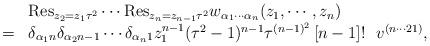
LaTeX: \begin{align*}\begin{array}{cl}&{\rm Res}_{z_{2}=z_{1}\tau^2}\cdots {\rm Res}_{z_{n}=z_{n-1}\tau^2}w_{\alpha_1 \cdots \alpha_n}(z_1,\cdots,z_{n}) \\=&\delta_{\alpha_1 n} \delta_{\alpha_2 n-1} \cdots \delta_{\alpha_n 1}z_1^{n-1} (\tau^2 -1)^{n-1} \tau^{(n-1)^2}\left[ n-1 \right] ! ~~ v^{(n\cdots 21)},\end{array}\end{align*}